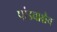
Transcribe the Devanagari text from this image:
पांडवाश्चैव